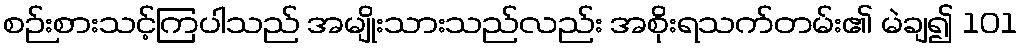
စဉ်းစားသင့်ကြပါသည် အမျိုးသားသည်လည်း အစိုးရသက်တမ်း၏ မဲချ၍ 101